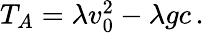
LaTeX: \begin{array}{r}{T_{A}=\lambda v_{0}^{2}-\lambda gc\, .}\end{array}